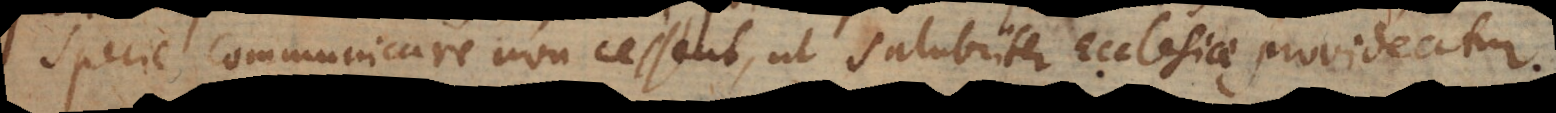
specie communicare non cessent, ut salubriter Ecclesiae provideatur.